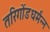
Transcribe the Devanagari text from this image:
तरिगोंडधर्मंन्न